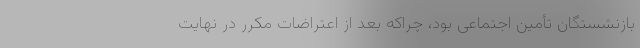
بازنشستگان تأمین اجتماعی بود، چراکه بعد از اعتراضات مکرر در نهایت